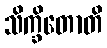
သိက္ခိတောတိ